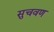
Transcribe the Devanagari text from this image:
सुचवण